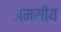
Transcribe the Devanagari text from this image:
अम्सीय